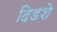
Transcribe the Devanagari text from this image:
दिडशे